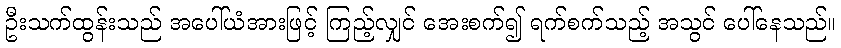
ဦးသက်ထွန်းသည် အပေါ်ယံအားဖြင့် ကြည့်လျှင် အေးစက်၍ ရက်စက်သည့် အသွင် ပေါ်နေသည်။